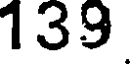
139